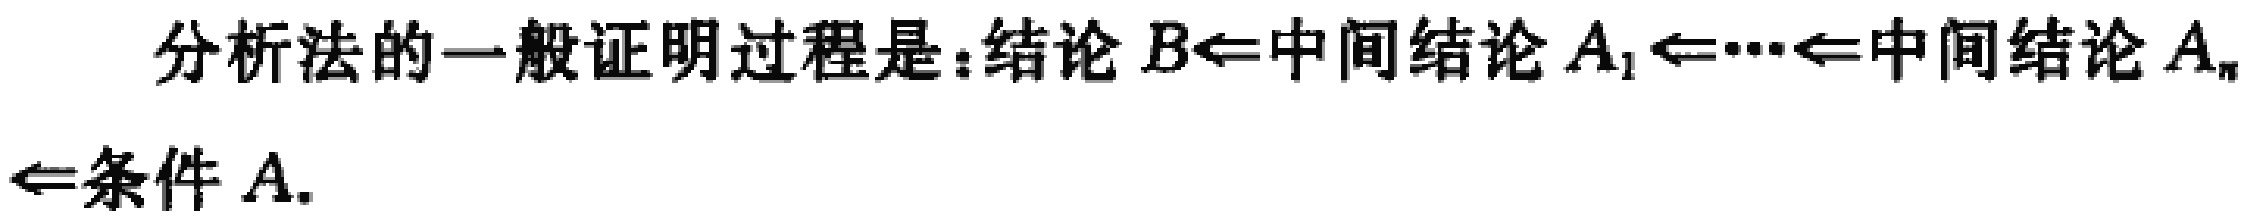
分析法的一般证明过程是：结论 \(B\Leftarrow\)中间结论 \(A_1\Leftarrow\cdots\Leftarrow\)中间结论 \(A_n\Leftarrow\)条件 \(A\).